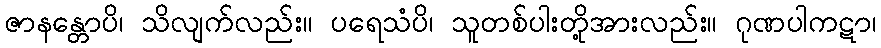
ဇာနန္တောပိ၊ သိလျက်လည်း။ ပရေသံပိ၊ သူတစ်ပါးတို့အားလည်း။ ဂုဏပါကဋာ၊